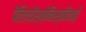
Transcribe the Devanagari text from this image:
पेलियोस्फेनिस्कीनाई